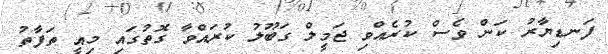
ފަނޑިޔާރު ކަން ވެސް ކުރެއްވި ޖަމީލް ގަބޫލު ކުރައްވާ ގޮތުގައި މިއީ ތަފާތު